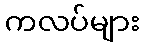
ကလပ်များ